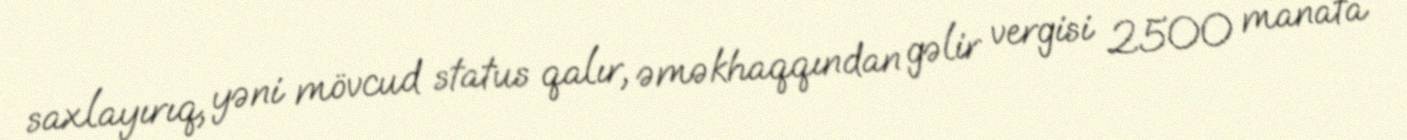
saxlayırıq, yəni mövcud status qalır, əməkhaqqından gəlir vergisi 2500 manata